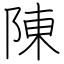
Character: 陳